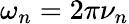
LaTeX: \omega_{n}=2\pi\nu_{n}